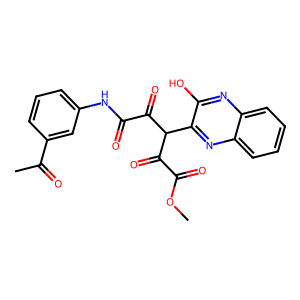
SMILES: COC(=O)C(=O)C(C(=O)C(=O)Nc1cccc(C(C)=O)c1)c1nc2ccccc2nc1O
Inhibits HIV replication: No